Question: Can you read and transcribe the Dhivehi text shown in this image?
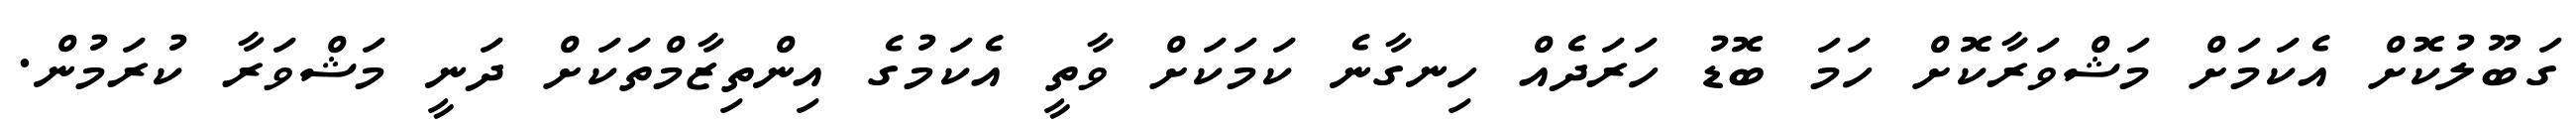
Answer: ގަބޫލުކޮށް އެކަމަށް މަޝްވަރާކޮށް ހަމަ ބޮޑު ހަރަދެއް ހިނގާނެ ކަމަކަށް ވާތީ އެކަމުގެ އިންތިޒާމްތަކަށް ދަނީ މަޝްވަރާ ކުރަމުން.